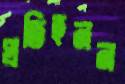
প্রতিহনন